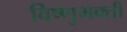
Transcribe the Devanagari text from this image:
विष्णुभक्ती